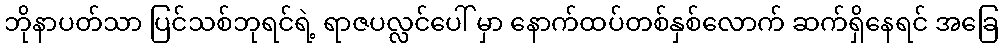
ဘိုနာပတ်သာ ပြင်သစ်ဘုရင်ရဲ့ ရာဇပလ္လင်ပေါ် မှာ နောက်ထပ်တစ်နှစ်လောက် ဆက်ရှိနေရင် အခြေ